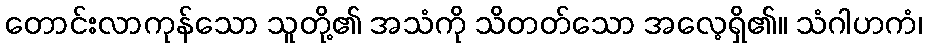
တောင်းလာကုန်သော သူတို့၏ အသံကို သိတတ်သော အလေ့ရှိ၏။ သံဂါဟကံ၊